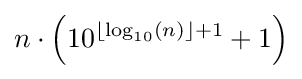
n\cdot \left(10^{\lfloor \log _{10}(n)\rfloor +1}+1\right)